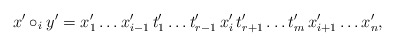
\begin{align*} x' \circ_i y' = x'_1 \dots x'_{i - 1} \, t'_1 \dots t'_{r - 1} \, x'_i \, t'_{r + 1} \dots t'_m \, x'_{i + 1} \dots x'_n, \end{align*}